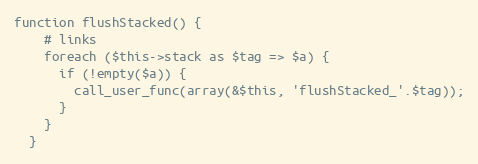
Language: PHP
function flushStacked() {
    # links
    foreach ($this->stack as $tag => $a) {
      if (!empty($a)) {
        call_user_func(array(&$this, 'flushStacked_'.$tag));
      }
    }
  }